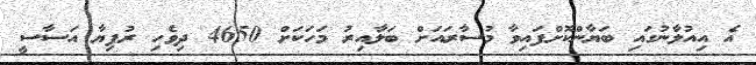
އެ އިއުލާނުގައި ބަޔާންކޮށްފައިވާ މުސާރައަށް ބަލާއިރު މަހަކަށް 4650 ދިވެހި ރުފިޔާ އަސާސީ